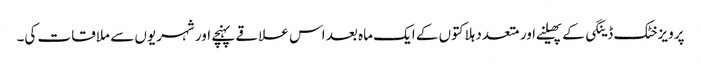
پرویزخٹک ڈینگی کے پھیلنے اور متعدد ہلاکتوں کے ایک ماہ بعد اس علاقے پہنچے اور شہریوں سے ملاقات کی۔